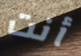
أنت